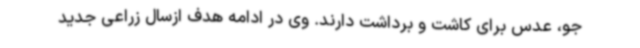
جو، عدس برای کاشت و برداشت دارند. وی در ادامه هدف ازسال زراعی جدید